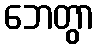
ဘေတွာ